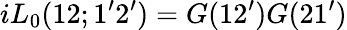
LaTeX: iL_{0}(12;1^{\prime}2^{\prime})=G(12^{\prime})G(21^{\prime})